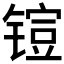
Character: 𮸜